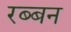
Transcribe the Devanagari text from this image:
रब्बन